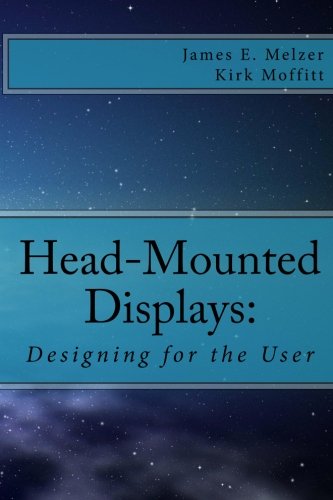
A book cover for Head--Mounted Displays:: Designing for the User; Mr. James E. Melzer; Science & Math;